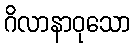
ဂိလာနာဝုသော